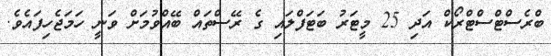
ބްރެސްޓްސްޓްރޯކް އަދި 25 މީޓަރު ބަޓަފްލައި ގެ ރޭސްތައް ބޭއްވުމަށް ވަނީ ހަމަޖެހިފައެވެ.